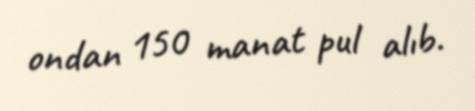
ondan 150 manat pul alıb.